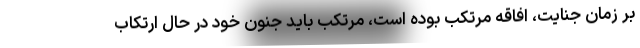
بر زمان جنایت، افاقه مرتکب بوده است، مرتکب باید جنون خود در حال ارتکاب